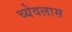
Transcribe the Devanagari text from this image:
च्येवलास